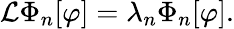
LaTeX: {\cal L}\Phi_{n}[\varphi]=\lambda_{n}\Phi_{n}[\varphi].